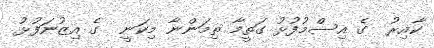
ކާއިރު  ގެ އިސްމުފުޅު ގަތީމާ ތިމަންނާ މިކަނީ  ގެ އިޒުނަފުޅު